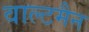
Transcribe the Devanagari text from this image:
वाल्टमैन